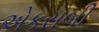
એકસબી